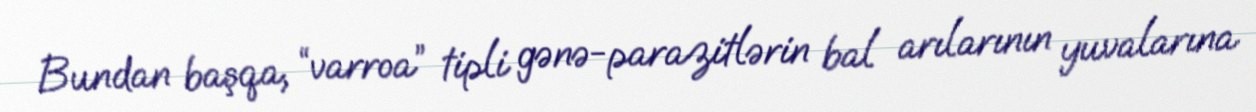
Bundan başqa, “varroa” tipli gənə-parazitlərin bal arılarının yuvalarına